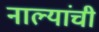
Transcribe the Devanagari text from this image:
नाल्यांची